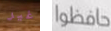
غير حافظوا